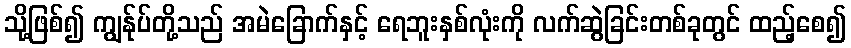
သို့ဖြစ်၍ ကျွန်ုပ်တို့သည် အမဲခြောက်နှင့် ရေဘူးနှစ်လုံးကို လက်ဆွဲခြင်းတစ်ခုတွင် ထည့်စေ၍